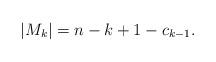
LaTeX: \begin{align*}|M_{k}|=n-k+1-c_{k-1}.\end{align*}